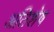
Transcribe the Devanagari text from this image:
अतिशेष